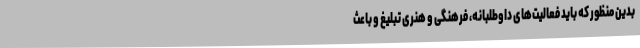
بدین منظور که باید فعالیت‌های داوطلبانه، فرهنگی و هنری تبلیغ و باعث